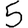
Digit: 5